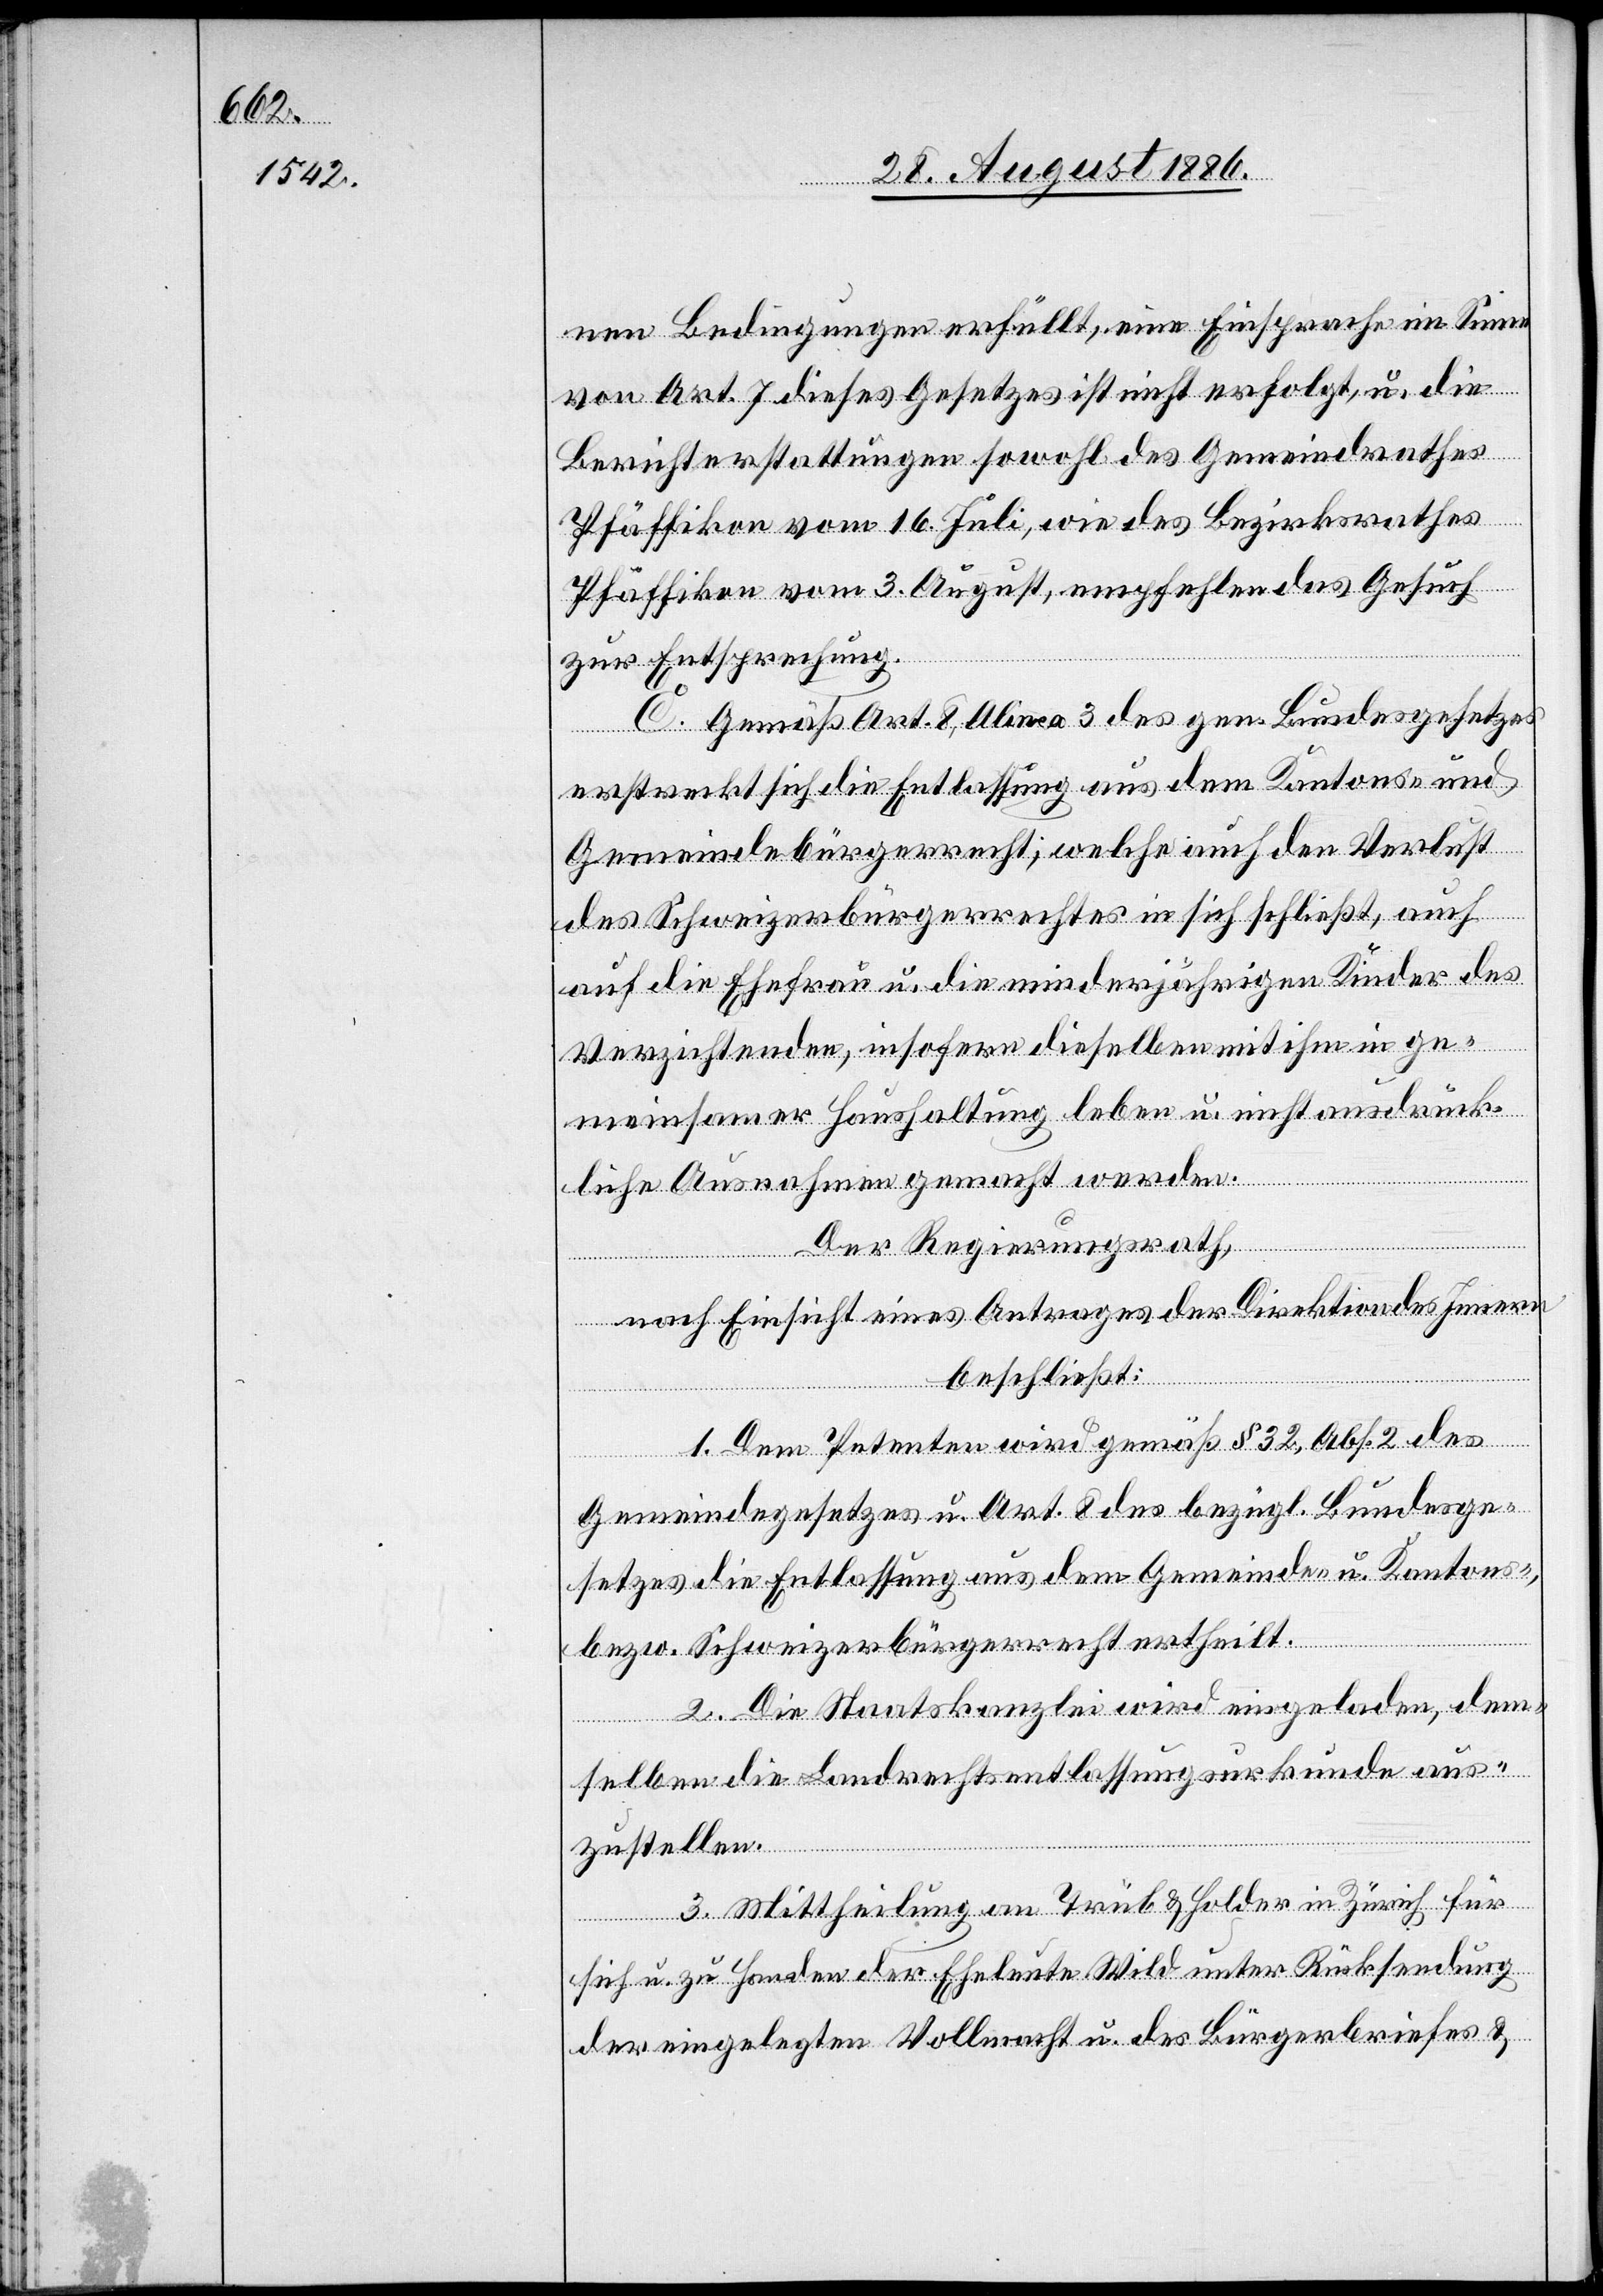
nen Bedingungen erfüllt, eine Einsprache im Sinne
von Art. 7 dieses Gesetzes ist nicht erfolgt, u. die
Berichterstattungen sowohl des Gemeindrathes
Pfäffikon vom 16. Juli, wie des Bezirksrathes
Pfäffikon vom 3. August, empfehlen das Gesuch
zur Entsprechung.
C. Gemäß Art. 8, Alinea 3 des gen. Bundesgesetzes
erstreckt sich die Entlassung aus dem Kantons- und
Gemeindebürgerrecht , welche auch den Verlust
des Schweizerbürgerrechtes in sich schließt, auch
auf die Ehefrau u. die minderjährigen Kinder des
Verzichtenden, insofern dieselben mit ihm in ge¬
meinsamer Haushaltung leben u. nicht ausdrück¬
liche Ausnahmen gemacht werden.
Der Regierungsrath,
nach Einsicht eines Antrages der Direktion des Innern,
beschließt:
1. Dem Petenten wird gemäß § 32, Abs. 2 des
Gemeindegesetzes u. Art. 8 des bezügl. Bundesge¬
setzes die Entlassung aus dem Gemeinde- u. Kantons-,
bezw. Schweizerbürgerrecht ertheilt.
2. Die Staatskanzlei wird eingeladen, dem¬
selben die Landrechtsentlassungsurkunde aus¬
zustellen.
3. Mittheilung an Trüb & Holder in Zürich für
sich u. zu Handen der Eheleute Wild unter Rücksendung
der eingelegten Vollmacht u. des Bürgerbriefes &